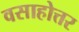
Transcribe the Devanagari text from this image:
वसाहोत्तर